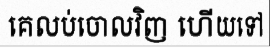
គេលប់ចោលវិញ ហើយទៅ